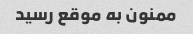
ممنون به موقع رسید